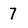
Character: 7